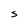
Character: S